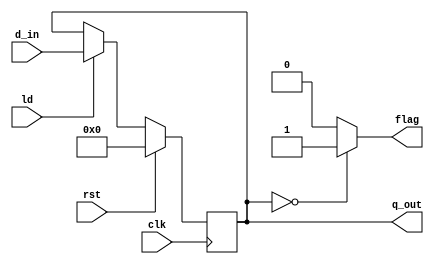
module dreg(input clk, ld, rst,
	input [3:0] d_in,
	output reg [3:0] q_out,
	output reg flag
    );

always@(posedge clk) begin
		  if (rst) q_out<=4'b0;
	else  if (ld) q_out<= d_in;
	else q_out<=q_out;
end

always@(q_out)begin //checks for divide by zero error
if (q_out==4'b0) flag=1;
else flag=0;
end
endmodule